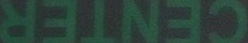
CENTER